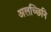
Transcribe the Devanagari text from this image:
अलच्छिनि